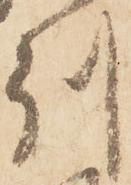
州